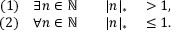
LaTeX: \begin{array} { r l } { ( 1 ) \quad \exists n \in \mathbb { N } \qquad | n | _ { * } } & { { } > 1 , } \\ { ( 2 ) \quad \forall n \in \mathbb { N } \qquad | n | _ { * } } & { { } \leq 1 . } \end{array}